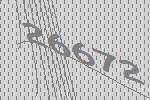
26672